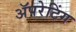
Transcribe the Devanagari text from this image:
ॲपरेटिंग